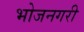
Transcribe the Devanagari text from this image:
भोजनगरी